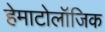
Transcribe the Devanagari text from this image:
हेमाटोलॉजिक